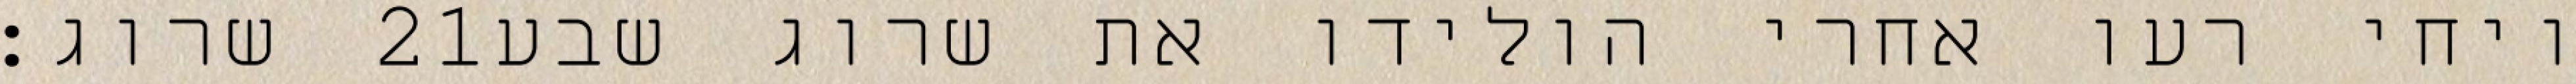
שרוג׃ ‎21‏ ויחי רעו אחרי הולידו את שרוג שבע